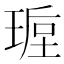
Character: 𭹩